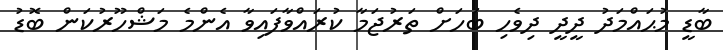
ބާޑީ މުޙައްމަދު ދީދީ ދިވެހި ބަހަށް ތަރުޖަމާ ކުރައްވާފައިވާ އެންމެ މަޝްހޫރުކަން ބޮޑު